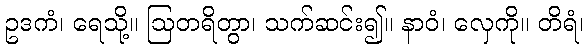
ဥဒကံ၊ ရေသို့။ ဩတရိတွာ၊ သက်ဆင်း၍။ နာဝံ၊ လှေကို။ တိရံ၊